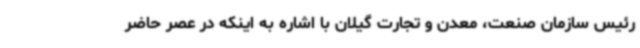
رئیس سازمان صنعت، معدن و تجارت گیلان با اشاره به اینکه در عصر حاضر